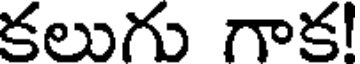
కలుగు గాక!